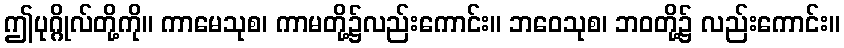
ဤပုဂ္ဂိုလ်တို့ကို။ ကာမေသုစ၊ ကာမတို့၌လည်းကောင်း။ ဘဝေသုစ၊ ဘဝတို့၌ လည်းကောင်း။